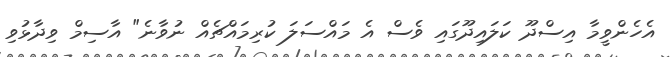
އެހެންވީމާ އިސްދޫ ކަލައިދޫގައި ވެސް އެ މައްސަލަ ކުރިމައްޗެއް ނުވާނެ" އާސިމް ވިދާޅުވި